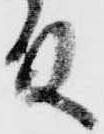
殿